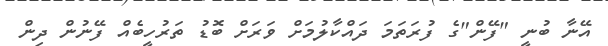
އޭނާ ބުނީ "ފޭން"ގެ ފުރަތަމަ ދައްކާލުމަށް ވަރަށް ބޮޑު ތަރުހީބެއް ފޭނުން ދިން